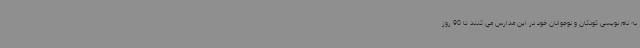
به نام نویسی کودکان و نوجوانان خود در این مدارس می کنند تا 90 روز